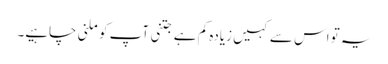
یہ تو اس سے کہیں زیادہ کم ہے جتنی آپ کو ملنی چاہیے۔